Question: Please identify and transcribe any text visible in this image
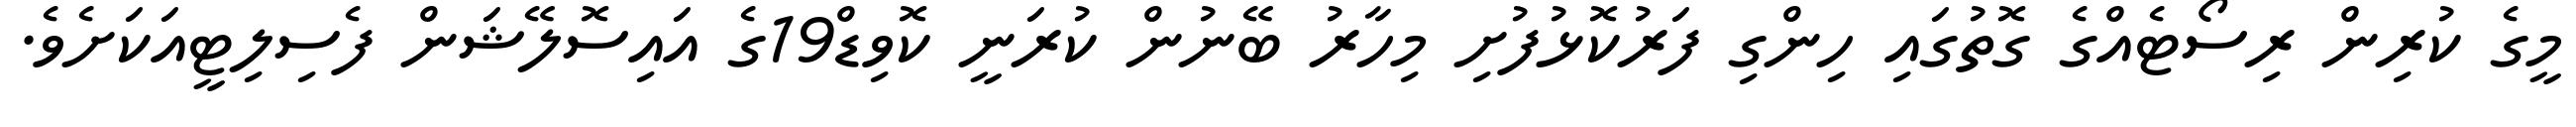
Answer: މީގެ ކުރިން ރިސޯޓެއްގެ ގޮތުގައި ހިންގި ފަރުކޮޅުފުށި މިހާރު ބޭނުން ކުރަނީ ކޮވިޑް19ގެ އައިސޮލޭޝަން ފެސިލިޓީއަކަށެވެ.